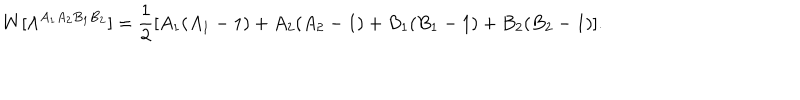
W [ \Lambda ^ { A _ { 1 } A _ { 2 } B _ { 1 } B _ { 2 } } ] = \frac { 1 } { 2 } [ A _ { 1 } ( A _ { 1 } - 1 ) + A _ { 2 } ( A _ { 2 } - 1 ) + B _ { 1 } ( B _ { 1 } - 1 ) + B _ { 2 } ( B _ { 2 } - 1 ) ] .